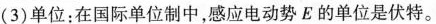
(3)单位：在国际单位制中，感应电动势E的单位是伏特。